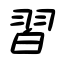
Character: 習